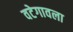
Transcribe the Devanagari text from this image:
वटेगावला